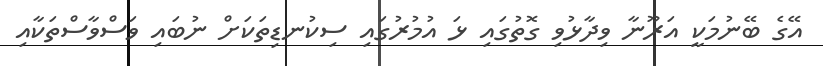
އޭގެ ބޭނުމަކީ އަރޫނާ ވިދާޅުވި ގޮތުގައި ޅަ އުމުރުގައި ސިކުނޑިތަކަށް ނުބައި ވަސްވާސްތަކާއި